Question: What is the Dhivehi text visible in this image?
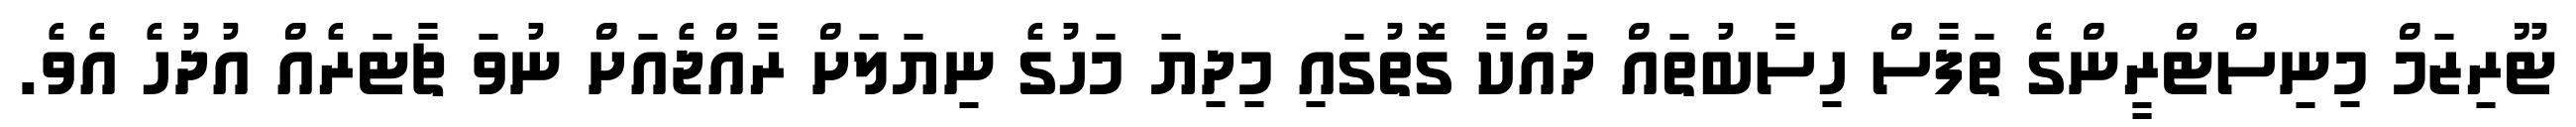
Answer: ޓޫރިޒަމް މިނިސްޓްރީންގެ ތަފާސް ހިސާބުތައް ދައްކާ ގޮތުގައި މިދިޔަ މަހުގެ ނިޔަލަށް ރާއްޖެއަށް ނުވަ ޗާޓަރެއް އުދުހެ އެވެ.